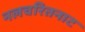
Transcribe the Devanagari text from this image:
नलचरितनाट